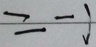
= - 1